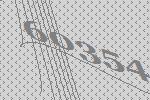
60354